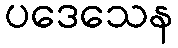
ပဒေသေန